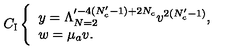
C _ { \mathrm { I } } \left\{ \begin{array} { l } { y = \Lambda _ { N = 2 } ^ { \prime - 4 ( N _ { c } ^ { \prime } - 1 ) + 2 N _ { c } } v ^ { 2 ( N _ { c } ^ { \prime } - 1 ) } , } \\ { w = \mu _ { a } v . } \\ \end{array} \right.